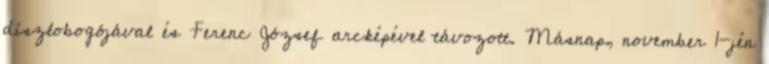
díszlobogójával és Ferenc József arcképével távozott. Másnap, november 1-jén